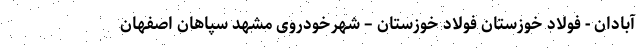
آبادان - فولاد خوزستان فولاد خوزستان – شهرخودروی مشهد سپاهان اصفهان